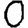
Digit: 0